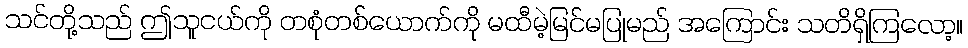
သင်တို့သည် ဤသူငယ်ကို တစုံတစ်ယောက်ကို မထီမဲ့မြင်မပြုမည် အကြောင်း သတိရှိကြလော့။